Report on the Civil Veterinary Department, Eastern Bengal and Assam - 1907-1911
Year: 1907
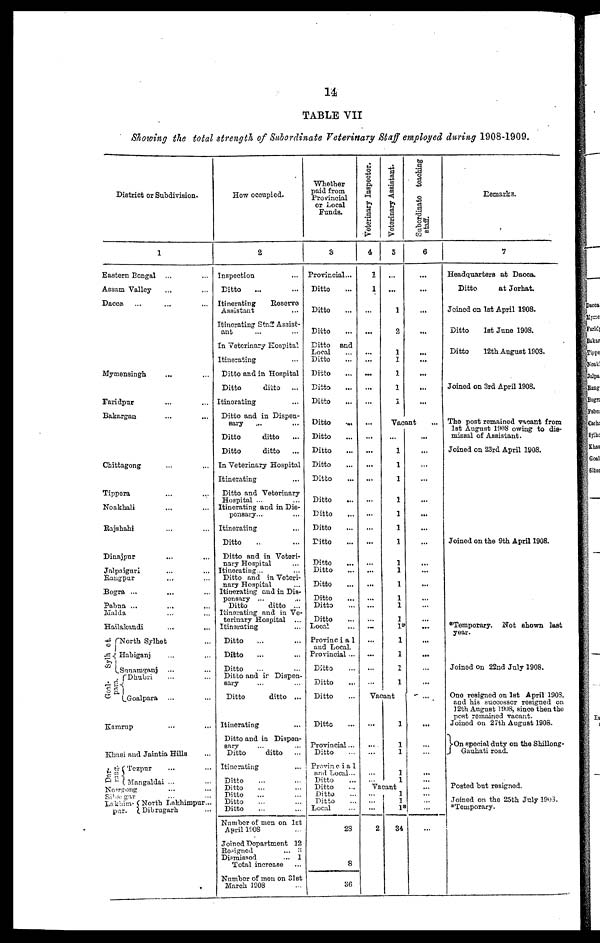
14
TABLE VII
Showing the total strength of Subordinate Veterinary Staff employed during 1908-1909.
District or Subdivision.
1
Eas
tern Bengal ...
...
Ass
am Valley ... ...
Dac
ca … … …
Mym
ensingh ... ...
Far
idpar ... ...
Bak
argan ... …
Chi
ttagong ... ...
Tip
pera ... ...
Noa
khali ... ...
Raj
shahi ... ...
Din
ajpur ... ...
Jal
paiguri ... ...
Rang
pur ... ...
Bog
ra ... ... ...
Pab
na ...
Mal
da ... ...
Ha
ilakandi ...
e
Sylh
Go
t. North Sylhet ...
Habiganj ... ...
Sunamganj ... ...
Dhubri ... ...
al-para
Goalpara ... ...
Ka
mrup ... ...
Kh
asi and Jaintia Hills ...
Dar-
rang
Tezpur ... ...
Mangaldai ... ...
Norzgang ... ...
Silangar ... ...
Lakhim-
pur- North Lakhimpur...
Dibrugarh ...
How occupied.
2
Inspection …
Ditto … …
Itinerating
Reserve
Assistant ...
Itinerating Staff Assist-
ant ... ...
In Veterinary Hospital
Itinerating
...
Ditto and in Hospital
Ditto
ditto ...
Itinerating ...
Ditto and in Dispen-
sary ... ...
Ditto
ditto
Ditto
ditto …
In Veterinary Hospital
Itinerating …
Ditto and Veterinary
Hospital ... ...
Itinerating and in Dis-
pensary... ...
Itinerating …
Ditto … …
Ditto and in Veteri-
nary Hospital …
Itinerating .. ...
Ditto and in Veteri-
nary Hospital …
Itinerating end in Dis-
pensary ... ...
Ditto
ditto ...
Itinerating and in Ve-
terinary Hospital...
Itinerating ...
Ditto … …
Ditto … …
Ditto … …
Ditto and in Dispen-
sary … …
Ditto
ditto ...
Itinerating …
Ditto and in Dispen-
sary ... ...
Ditto
ditto …
Itinerating …
Ditto … …
Ditto … …
Ditto ... ...
Ditto … …
Ditto … …
Number of men on 1st
April 1908 …
Joined Department 12
Resigned
... 3
Dismissed
... 1
Total increase …
Number of men on 31st
March 1008 …
Whether
paid from
Provincial
or Local
Funds.
3
Provincial...
Ditto …
Ditto …
Ditto …
Ditto and
Local …
Ditto …
Ditto …
Ditto ...
Ditto …
Ditto …
Ditto …
Ditto …
Ditto …
Ditto …
Ditto …
Ditto …
Ditto …
Ditto ...
Ditto …
Ditto …
Ditto …
Ditto …
Ditto …
Ditto …
Local ...
Provincial
and Local.
Provincial ...
Ditto …
Ditto …
Ditto …
Ditto …
Provincial ...
Ditto …
Pravincia1
and Local ...
Ditto ...
Ditto ...
Ditto ...
Ditto …
Local …
23
8
36
Veterinary Inspector.
4
2
1
...
...
...
...
...
...
...
...
...
...
...
…
…
...
…
...
…
...
...
…
…
…
...
…
...
...
…
Vac
...
…
…
…
Va
…
…
…
2
Veterinary Assistant.
5
…
...
1
2
1
1
1
1
1
Vac
...
…
…
…
…
…
…
…
…
…
…
…
…
…
…
…
…
…
ant
1
1
1
1
1
cant 1
1
1
34
Subordinate teaching
staff.
6
...
...
...
...
...
...
...
...
...
ant
...
...
...
...
...
...
...
...
...
...
...
...
...
...
...
...
...
Remarks.
7
Headquarters at Dacca.
Ditto
at Jorhat.
Joined on 1st April 1908.
Ditto
1st June 1908.
Ditto
12th August 1903.
Joined on 3rd April 1908.
The post remained vacant from
1st August 1908 owing to dia-
missal of Assistant.
Joined on 23rd April 1908.
Joined on the 9th April 1908.
Temporary. Not shown last
year.
Joined on 22nd July 1908.
One resigned on 1st April 1903,
and his successor resigned on
12th August l908, since then the
post remained vacant.
Joined on 27th August 1908.
On special duty on the Shillong-
Gauhati road.
Posted but resigned.
Joined on the 25th July 1908.
*Temporary.